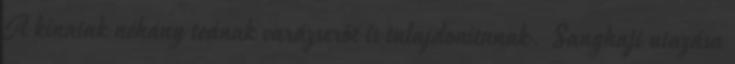
A kínaiak néhány teának varázserőt is tulajdonítanak. Sanghaji utazása